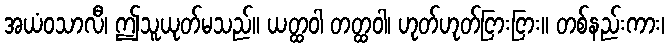
အယံဝသာလီ၊ ဤသူယုတ်မသည်။ ယတ္ထဝါ တတ္ထဝါ၊ ဟုတ်ဟုတ်ငြားငြား။ တစ်နည်းကား၊